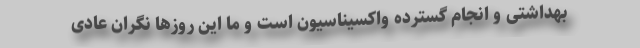
بهداشتی و انجام گسترده واکسیناسیون است و ما این روزها نگران عادی